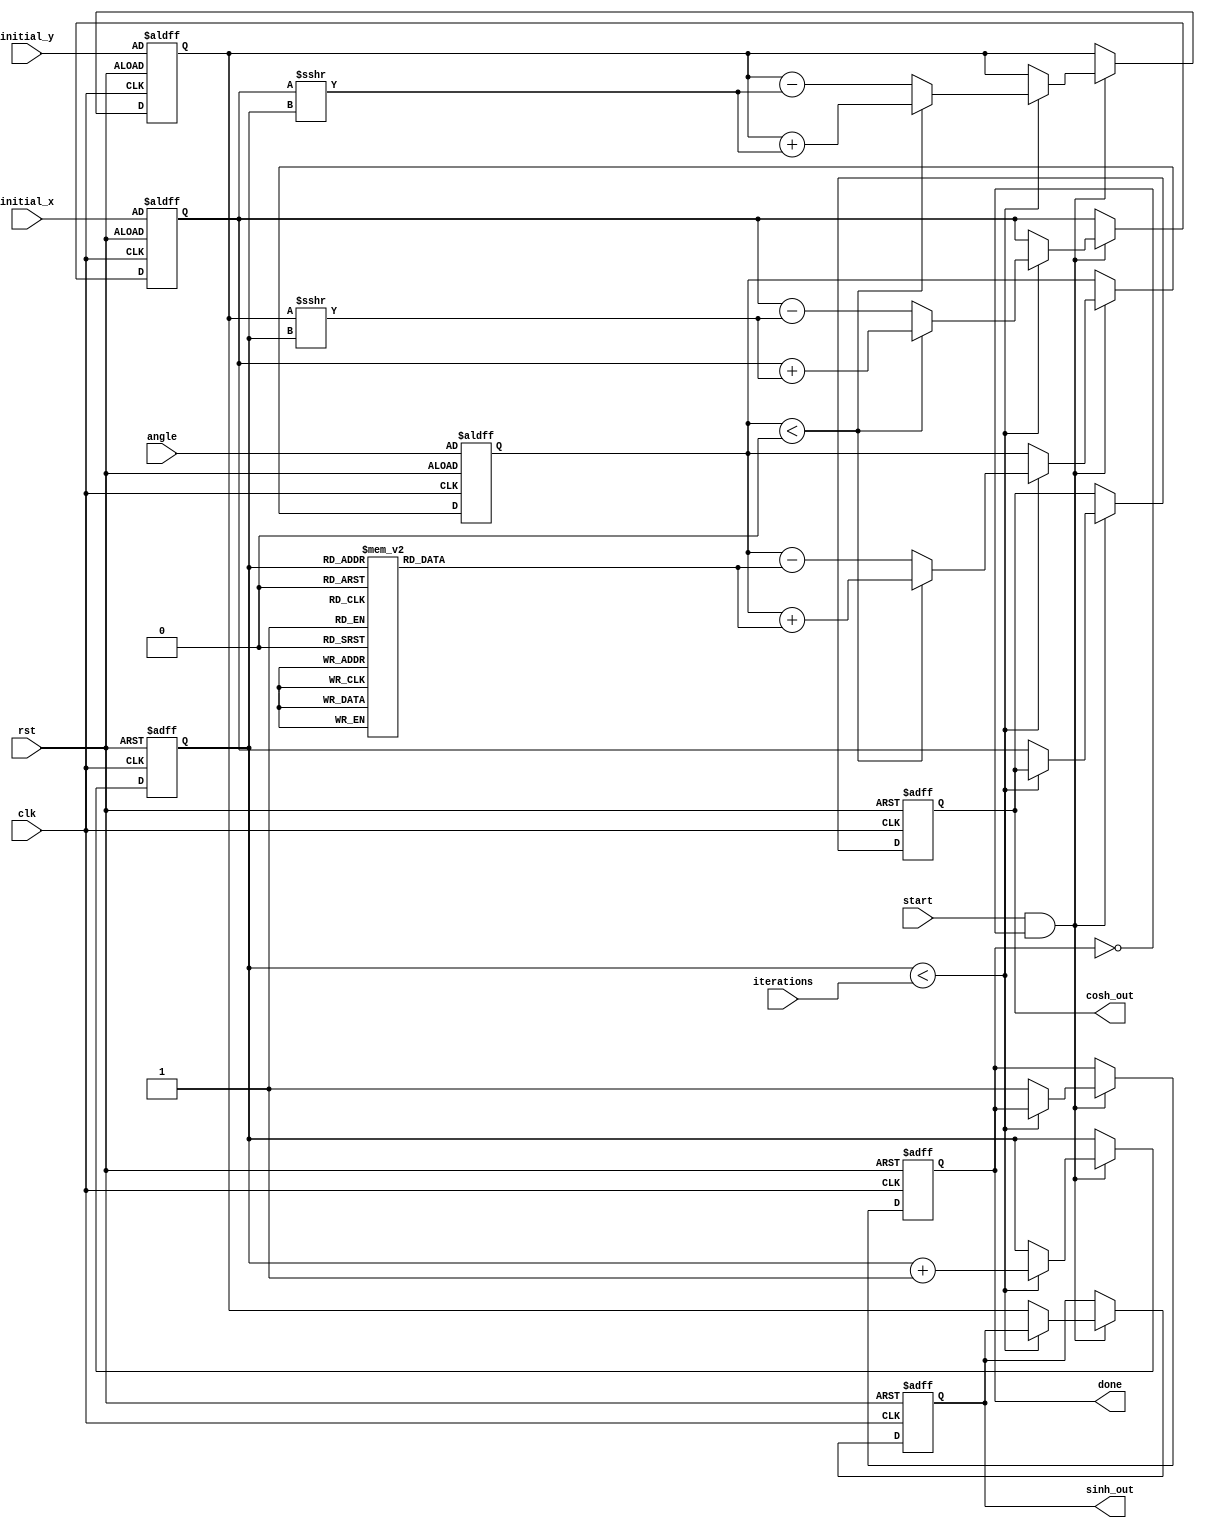
module hyperbolic_cordic (
    input wire clk,
    input wire rst,
    input wire start,
    input wire [15:0] angle, // Fixed-point representation of the hyperbolic angle
    input wire [15:0] initial_x, // Initial value for hyperbolic cosine
    input wire [15:0] initial_y, // Initial value for hyperbolic sine
    input wire [3:0] iterations, // Number of iterations
    output reg [15:0] cosh_out, // Output for hyperbolic cosine
    output reg [15:0] sinh_out, // Output for hyperbolic sine
    output reg done // Signal to indicate completion
);

    reg [15:0] x, y, z; // Current values for x, y, and z (angle)
    reg [3:0] count; // Iteration counter
    reg [15:0] angle_table [0:15]; // Lookup table for angles

    // Initialize angle lookup table (for hyperbolic functions)
    initial begin
        angle_table[0] = 16'h0000; // 0
        angle_table[1] = 16'h0001; // 1
        angle_table[2] = 16'h0002; // 2
        angle_table[3] = 16'h0004; // 4
        angle_table[4] = 16'h0008; // 8
        angle_table[5] = 16'h0010; // 16
        angle_table[6] = 16'h0020; // 32
        angle_table[7] = 16'h0040; // 64
        angle_table[8] = 16'h0080; // 128
        angle_table[9] = 16'h0100; // 256
        angle_table[10] = 16'h0200; // 512
        angle_table[11] = 16'h0400; // 1024
        angle_table[12] = 16'h0800; // 2048
        angle_table[13] = 16'h1000; // 4096
        angle_table[14] = 16'h2000; // 8192
        angle_table[15] = 16'h4000; // 16384
    end

    // State machine for CORDIC iterations
    always @(posedge clk or posedge rst) begin
        if (rst) begin
            x <= initial_x;
            y <= initial_y;
            z <= angle;
            count <= 0;
            done <= 0;
            cosh_out <= 0;
            sinh_out <= 0;
        end else if (start && !done) begin
            if (count < iterations) begin
                // CORDIC rotation logic
                if (z < 0) begin
                    // Perform rotation in the negative direction
                    x <= x + (y >>> count);
                    y <= y + (x >>> count);
                    z <= z + angle_table[count];
                end else begin
                    // Perform rotation in the positive direction
                    x <= x - (y >>> count);
                    y <= y - (x >>> count);
                    z <= z - angle_table[count];
                end
                count <= count + 1;
            end else begin
                // Output results
                cosh_out <= x; // Final value for hyperbolic cosine
                sinh_out <= y; // Final value for hyperbolic sine
                done <= 1; // Indicate completion
            end
        end
    end

endmodule